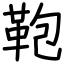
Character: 鞄